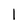
Character: 1